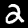
Digit: 2